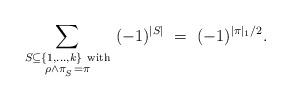
LaTeX: \begin{align*} \sum_{ \substack{S \subseteq \{ 1, \ldots ,k \} \ \mathrm{with} \\ \rho \wedge \pi_{ { }_S} = \pi } } \ (-1)^{|S|} \ = \ (-1)^{| \pi |_1 /2}.\end{align*}